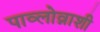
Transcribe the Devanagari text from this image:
पाव्लोव्नाशी